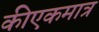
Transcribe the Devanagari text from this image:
कीएकमात्र